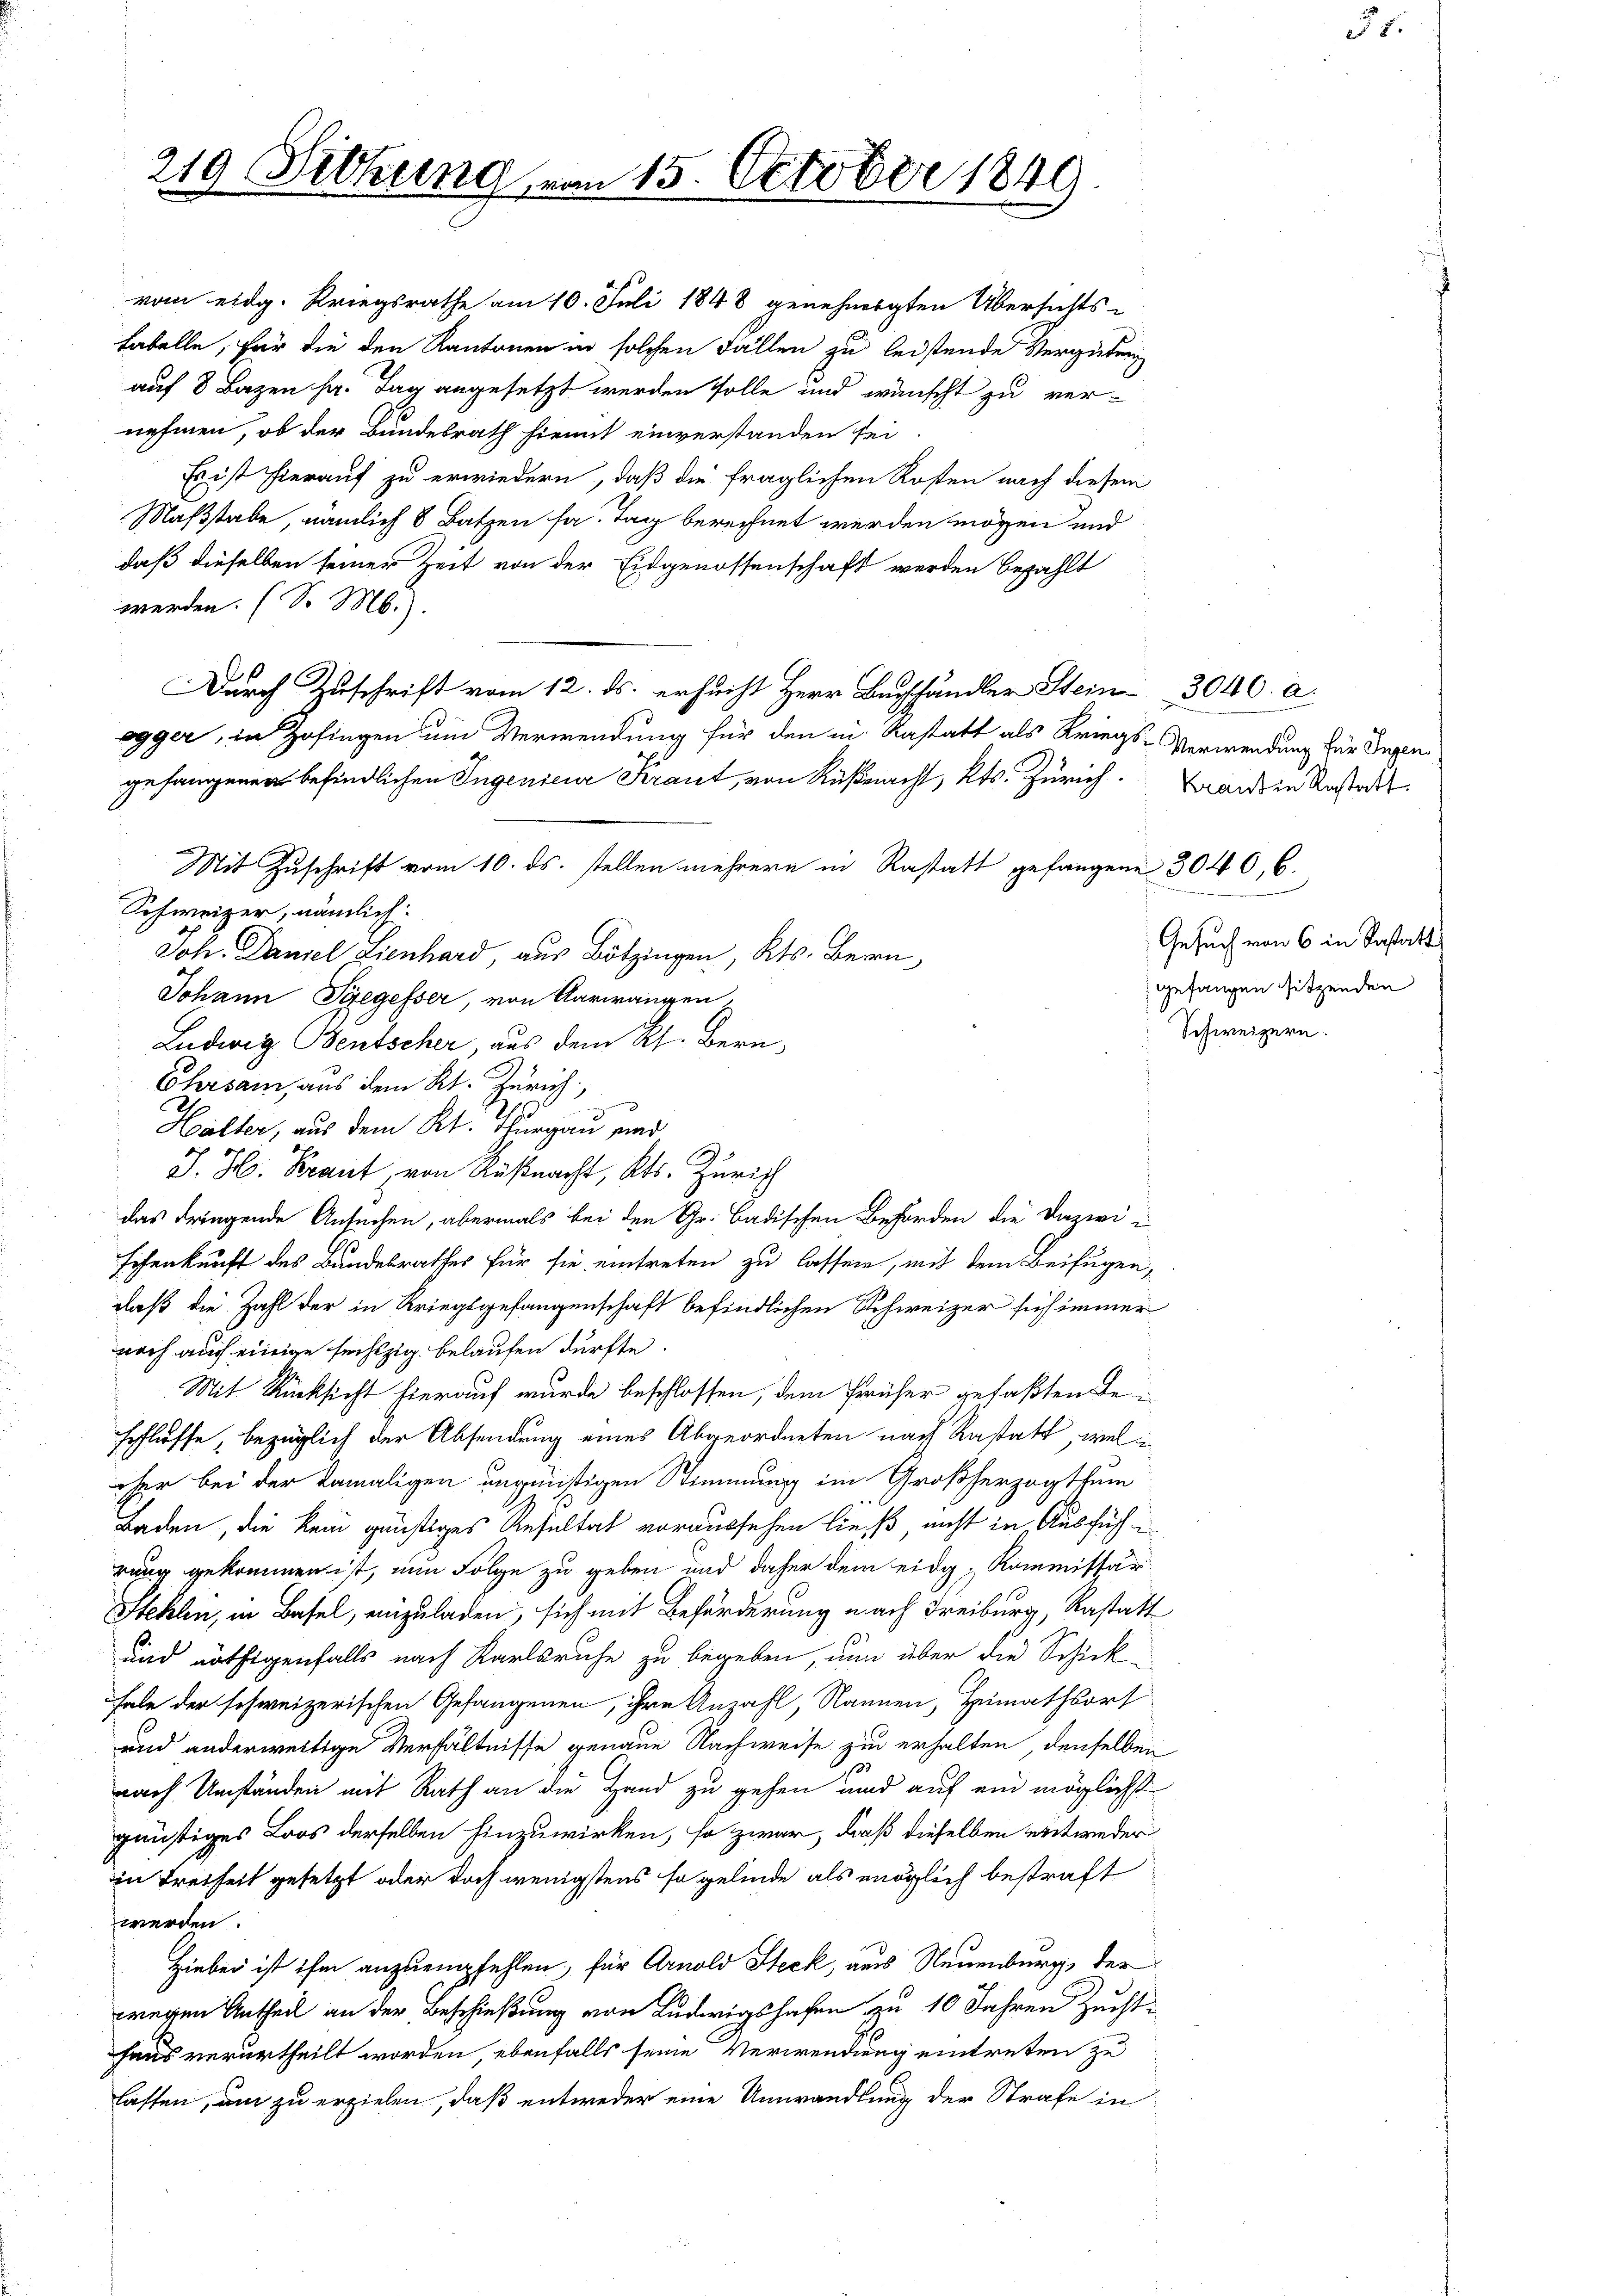
219 Sitzung von 15. October 1849

vom eidg. Kriegsrathe am 10. Juli 1848 genehmigten Übersichts-
fabelle, für die den Kantonen in solchen Fällen zu leistende Vergütung
auf 8 Bazen h. Tag angesetzt werden solle und wünscht zu ver-
nehmen, ob der Bundesrath hiemit einverstanden sei
Es ist hierauf zu erwiedern, daß die fraglichen Kosten nach diesem
Maßstabe, nämlich 8 Batzen fa. Tag berechnet werden mögen und
daß dieselben seiner Zeit von der Eidgenossenschaft werden bezahlt
werden. (S. M.).
Durch Zuschrift vom 12. ds. ersucht Herr Buchhändler Stein 3040. a
ogger, in Zofingen um Verwendung für den in Kastatt als Kriegs-Verwendung für Depen
gefangenen befindlichen Ingenieur Kraut, von Küßnacht, Kts. Zürich. Brandten Anstatt
Mit Zuschrift vom 10. ds. stellen mehrere in Rastatt gefangene 304 6, 6.
Schweizer, nämlich.
Joh. Daniel Lienhard, aus Bötzingen, Kts. Bern,
Johann Siegesser, von Aarwangen,
Ludwig entscher, aus dem Rh. Bern,
Ehrsam, aus dem Kt. Zürich
Hälter, aus dem Kt. Thurgau und
J. H. Braut, von Küßnacht, Kts. Zürich
das dringende Ansuchen, abermals bei den Gr. Badischen Behörden die Dazwi
schenkunft des Bundesrathes für sie eintreten zu lassen, mit dem Beifügen,
daß die Zahl der in Kriegsgefangenschaft befindlichen Schweizer sich immer
noch auch einige sechzig belaufen dürfte.
Mit Rücksicht hierauf wurde beschlossen, dem Prüfer gefaßten Beschliesse, bezüglich der Absendung eines Abgeordneten nach Rastatt, viel in
eher bei der damaligen ungünstigen Stimmung im Großherzogthum
Baden, die kein günstiges Resultat voraussehen ließ, nicht in Ausführung gekommen ist, nun Folge zu geben und daher dem eidg. Kommissär
Stehlen, in Basel, einzuladen, sich mit Beförderung nach Freiburg, Rastatt
und nöthigenfalls nach Karlsruhe zu begeben, nun über die Schick-
habe der schweizerischen Gefangenen, ihre Anzahl, Nannen, Heimathsort
und anderweitige Verhältnisse genaue Nachweise zu erhalten, denselben
nach Umständen mit Rath an die Hand zu gehen und auf ein möglichst
günstiges Loos derselben hinzuwirken, so zwar, daß dieselben entweder
in Freiheit gesetzt oder doch wenigstens so gelinde als möglich bestraft
werden.
Hiebei ist ihm anzuempfehlen, für Arnold Steck, aus Neuenburg, der
wegen Antheil an der Beschießung von Ludwigshafen zu 10 Jahren Zuchthaus verurtheilt worden, ebenfalls seine Verwendung eintreten zu
lassen, um zu erzielen, daß entweder eine Umwandlung der Strafe in

Gesuch von 6 in Bastatt
gefangen sitzenden
Schweizern.

51.